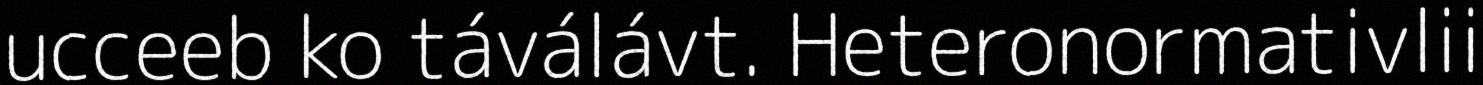
ucceeb ko táválávt. Heteronormativlii